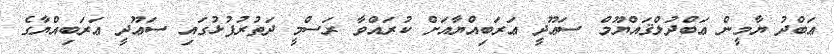
ޢަބްދު ޔާމީން ޢަބްދުލްޤައްޔޫމް ސަޢޫދީ ޢަރަބިއްޔާއަށް ކުރައްވާ ރަސްމީ ދަތުރުފުޅުގައި ސަޢޫދީ ޢަރަބިއްޔާގެ